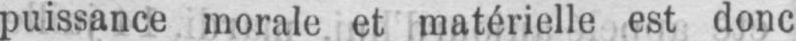
puissance morale et matérielle est donc